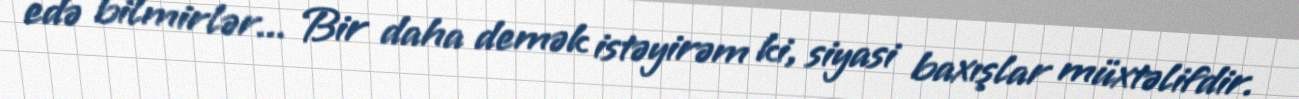
edə bilmirlər... Bir daha demək istəyirəm ki, siyasi baxışlar müxtəlifdir.